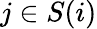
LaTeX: j\in S(i)